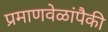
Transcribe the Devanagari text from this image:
प्रमाणवेळांपैकी